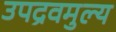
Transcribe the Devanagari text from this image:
उपद्रवमुल्य